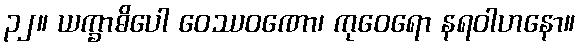
၃၂။ ယက္ခာဓိပေါ ဝေဿဝဏော၊ ကုဝေရော နရဝါဟနော။